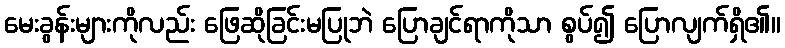
မေးခွန်းများကိုလည်း ဖြေဆိုခြင်းမပြုဘဲ ပြောချင်ရာကိုသာ စွပ်၍ ပြောလျက်ရှိ၏။